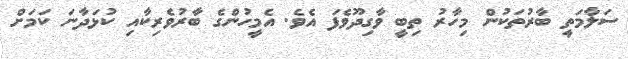
ސަލާމަތީ ބާރުތަކުން މިހާރު ތިބީ ވާގިދޫވެފަ އެވެ. އެމީހުންގެ ބާރުވެރިކާއި ކުޅަދާނަ ކަމަށް